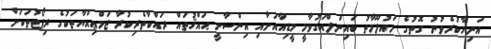
އަނިޔާކުރެވުނު ގޮތުގެ މައުލޫމާތު ބައިނަލްއަގުވާމީ މީޑިއާއަށާއި އިންސާނީ ޙައްޤުތައް ރައްކާތެރިކުރާ ޖަމްޢިއްޔާތަކުގެ ރިޕޯޓުތަކަށް